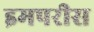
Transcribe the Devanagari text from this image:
इमपरीस